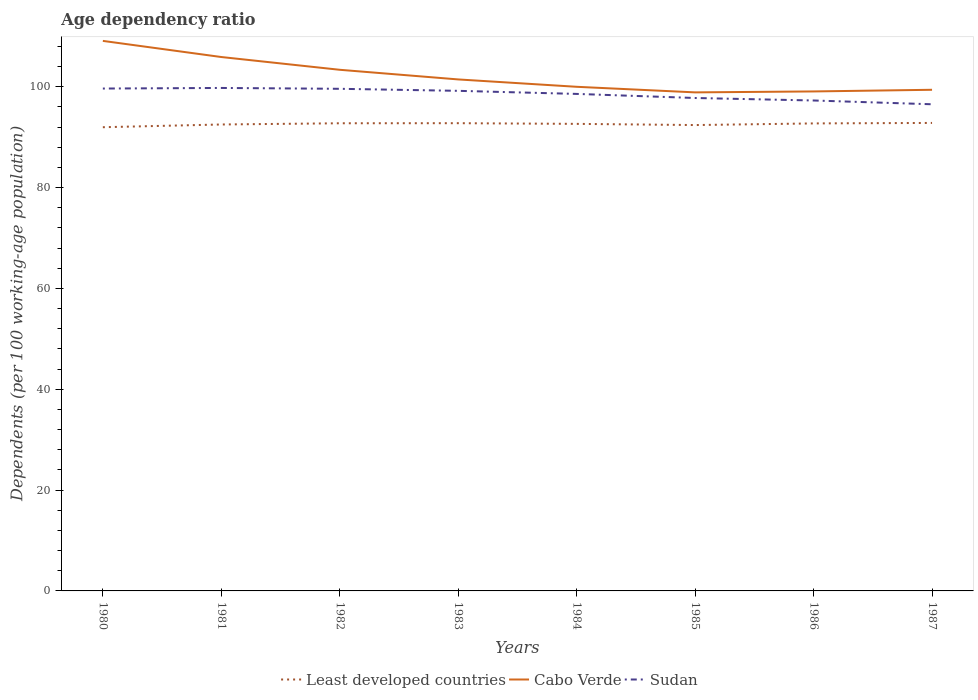
| Years | Least developed countries | Cabo Verde | Sudan |
 | --- | --- | --- | --- |
 | 1980 | 92 | 109 | 99.6 |
 | 1981 | 92.5 | 106 | 99.8 |
 | 1982 | 92.7 | 103 | 99.6 |
 | 1983 | 92.8 | 101 | 99.2 |
 | 1984 | 92.6 | 100 | 98.6 |
 | 1985 | 92.4 | 98.9 | 97.8 |
 | 1986 | 92.7 | 99.1 | 97.3 |
 | 1987 | 92.8 | 99.4 | 96.5 |